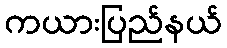
ကယားပြည်နယ်